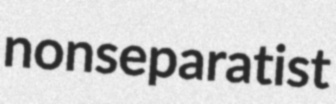
nonseparatist